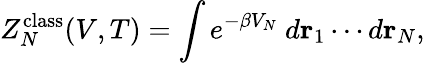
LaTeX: Z_{N}^{\mathrm{class}}(V,T)=\int e^{-\beta V_{N}}~d\mathbf{r}_{1}\cdots d\mathbf{r}_{N},